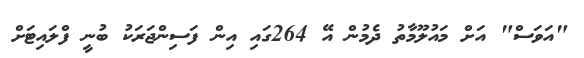
"އަވަސް" އަށް މައުލޫމާތު ދެމުން އޭ 264ގައި އިން ފަސިންޖަރަކު ބުނީ ފްލައިޓަށް